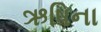
ઋષિના